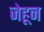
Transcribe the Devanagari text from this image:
जेहून